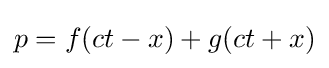
p=f(ct-x)+g(ct+x)